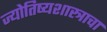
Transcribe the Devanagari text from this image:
ज्योतिष्यशास्त्राचा